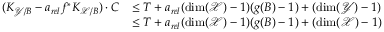
\begin{array} { r l } { ( K _ { \mathcal { Y } / B } - a _ { r e l } f ^ { * } K _ { \mathcal { X } / B } ) \cdot C } & { \leq T + a _ { r e l } ( \dim ( \mathcal { X } ) - 1 ) ( g ( B ) - 1 ) + ( \dim ( \mathcal { Y } ) - 1 ) } \\ & { \leq T + a _ { r e l } ( \dim ( \mathcal { X } ) - 1 ) ( g ( B ) - 1 ) + ( \dim ( \mathcal { X } ) - 1 ) } \end{array}